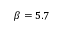
\beta = 5 . 7